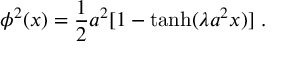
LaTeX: \phi ^ { 2 } ( x ) = \frac { 1 } { 2 } a ^ { 2 } [ 1 - \operatorname { t a n h } ( \lambda a ^ { 2 } x ) ] ~ .